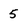
Character: 5